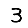
Digit: 3